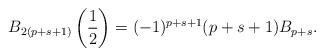
LaTeX: \begin{align*}B_{2(p+s+1)}\left(\frac{1}{2}\right) =(-1)^{p+s+1}(p+s+1)B_{p+s}.\end{align*}